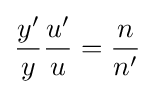
{\frac {y'}{y}}{\frac {u'}{u}}={\frac {n}{n'}}